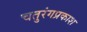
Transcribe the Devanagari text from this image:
चतुरंगप्रकाश